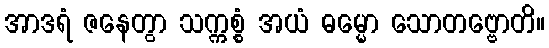
အာဒရံ ဇနေတွာ သက္ကစ္စံ အယံ ဓမ္မော သောတဗ္ဗောတိ။